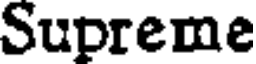
Supreme